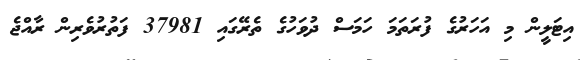
އިޓަލީން މި އަހަރުގެ ފުރަތަމަ ހަމަސް ދުވަހުގެ ތެރޭގައި 37981 ފަތުރުވެރިން ރާއްޖެ